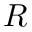
R